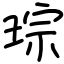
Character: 琮